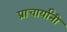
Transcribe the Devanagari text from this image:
प्राचार्यांनी